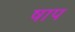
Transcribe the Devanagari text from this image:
षाप